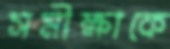
সমীক্ষাকে